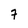
Character: 7